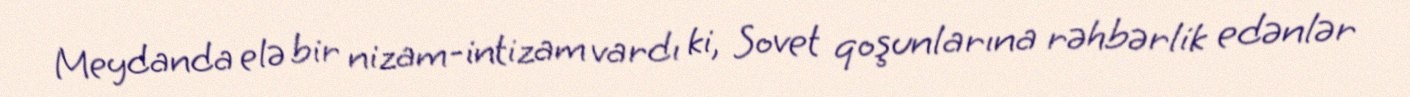
Meydanda elə bir nizam-intizam vardı ki, Sovet qoşunlarına rəhbərlik edənlər